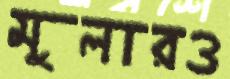
মুলারও